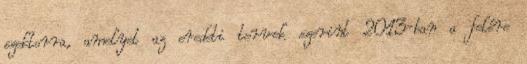
szektorra, amelyet az eredeti tervek szerint 2013-ban a felére